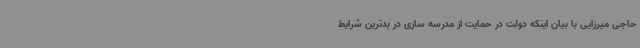
حاجی میرزایی با بیان اینکه دولت در حمایت از مدرسه سازی در بدترین شرایط